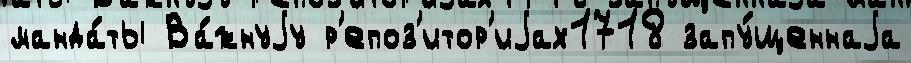
манда́ты Ва́жнуjу р'епоз'итор'иjах1718 запу́щеннаjа